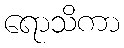
ရောသိကာ